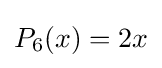
P_{6}(x)=2x